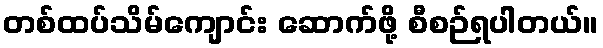
တစ်ထပ်သိမ်ကျောင်း ဆောက်ဖို့ စီစဉ်ရပါတယ်။